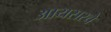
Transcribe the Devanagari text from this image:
आयसरचे